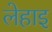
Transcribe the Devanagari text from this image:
लेहाइ